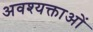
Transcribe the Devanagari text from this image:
अवश्यक्ताओं